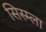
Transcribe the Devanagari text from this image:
सिस्म्ला